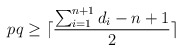
\begin{align*}pq \ge \lceil \frac{\sum_{i=1}^{n+1} d_i - n +1 }{2} \rceil\end{align*}